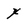
Character: x